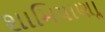
શામિયાણાૢ